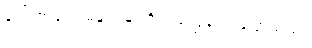
ဒေါ်စောရုံက မနှင်းမြူကို ရည်ညွှန်း၍ ပြောသည်။